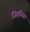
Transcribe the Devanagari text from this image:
जिगनिया